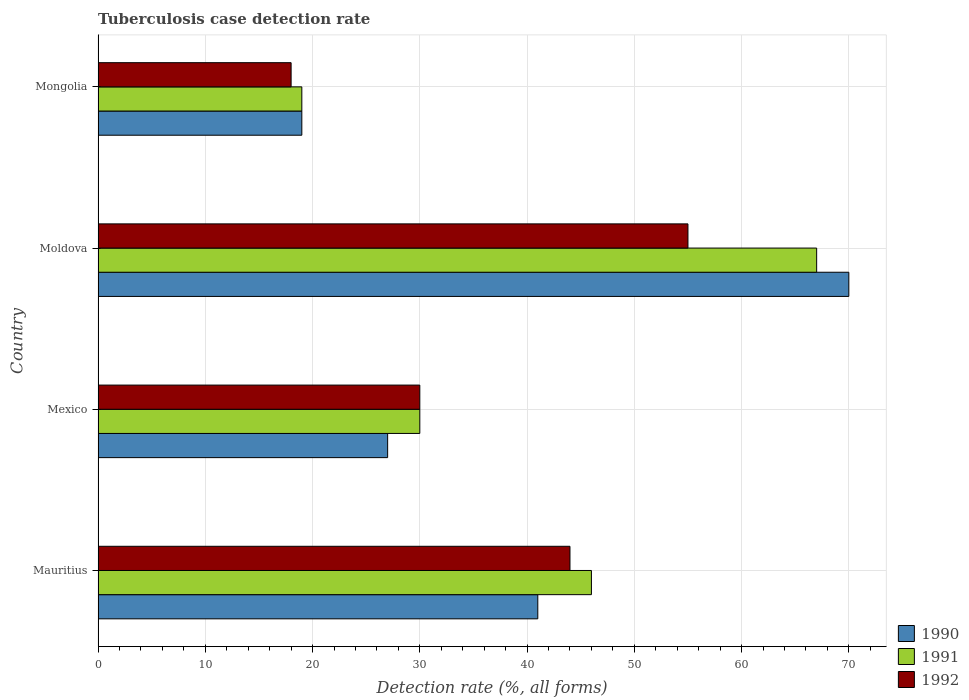
| Country | 1990 | 1991 | 1992 |
 | --- | --- | --- | --- |
 | Mauritius | 41 | 46 | 44 |
 | Mexico | 27 | 30 | 30 |
 | Moldova | 70 | 67 | 55 |
 | Mongolia | 19 | 19 | 18 |